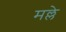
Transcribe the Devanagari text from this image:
मल्ले